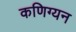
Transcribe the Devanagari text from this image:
कणिग्यन